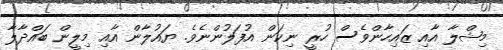
މިޝްލާ އާއި ޒައިހާންވެސް ހުރީ ނިކަން އުފަލުންނެވެ. ޔައުލާން އާއި މިލީން ބައްދާލާ